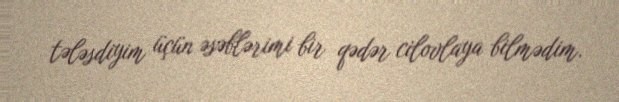
tələsdiyim üçün əsəblərimi bir qədər cilovlaya bilmədim.